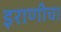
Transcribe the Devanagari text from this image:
इराणीचा